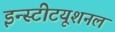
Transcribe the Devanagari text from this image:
इन्स्टीटयूशनल